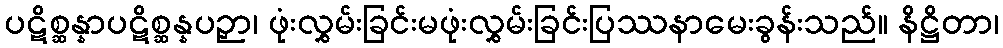
ပဋိစ္ဆန္နာပဋိစ္ဆန္နပဉှာ၊ ဖုံးလွှမ်းခြင်းမဖုံးလွှမ်းခြင်းပြဿနာမေးခွန်းသည်။ နိဋ္ဌိတာ၊